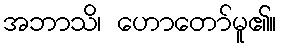
အဘာသိ၊ ဟောတော်မူ၏။